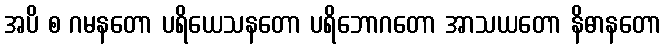
အပိ စ ဂမနတော ပရိယေသနတော ပရိဘောဂတော အာသယတော နိဓာနတော